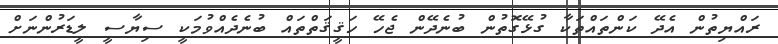
ރައްޔިތުން އެދޭ ކަންތައްތަކާ ގުޅޭގޮތުން ބުނެދޭން ޖެހޭ ހަޤީޤަތްތައް ބުނެދެއްވުމަކީ ސިޔާސީ ލީޑަރުންނަށް